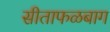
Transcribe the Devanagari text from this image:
सीताफळबाग